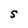
Character: S